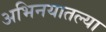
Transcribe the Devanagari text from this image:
अभिनयातल्या